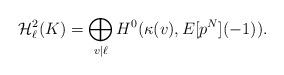
LaTeX: \begin{align*} {\cal H}_{\ell}^{2}(K)=\bigoplus_{v \mid \ell} H^{0}(\kappa(v), E[p^{N}](-1)).\end{align*}